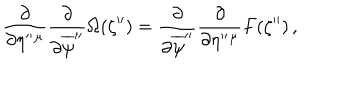
\frac { \partial } { \partial \eta ^ { \prime \prime } { } ^ { \mu } } \frac { \partial } { \partial \overline { { { \psi } } } ^ { \prime \prime } } \Omega ( \zeta ^ { \prime \prime } ) = \frac { \partial } { \partial \overline { { { \psi } } } ^ { \prime \prime } } \frac { \partial } { \partial \eta ^ { \prime \prime } { } ^ { \mu } } F ( \zeta ^ { \prime \prime } ) \, ,